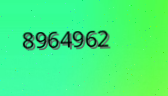
8964962